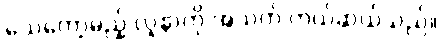
သေတော့မည့် လူနာကို အသက် ကယ်ဆယ်သည်။